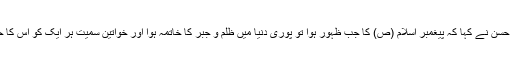
آغا سید حسن نے کہا کہ پیغمبر اسلام (ص) کا جب ظہور ہوا تو پوری دنیا میں ظلم و جبر کا خاتمہ ہوا اور خواتین سمیت ہر ایک کو اس کا حق ملا۔